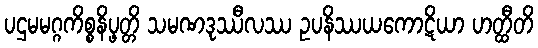
ပဌမမဂ္ဂကိစ္စနိပ္ဖတ္တိ သမဏဒုဿီလဿ ဥပနိဿယကောဋိယာ ဟတ္ထီတိ